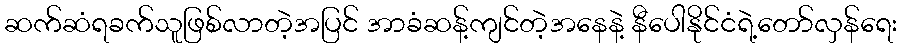
ဆက်ဆံရခက်သူဖြစ်လာတဲ့အပြင် အာခံဆန့်ကျင်တဲ့အနေနဲ့ နီပေါနိုင်ငံရဲ့တော်လှန်ရေး